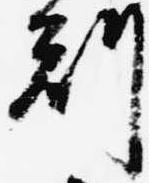
刻